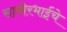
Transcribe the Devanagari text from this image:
साबीरभाईंचे